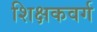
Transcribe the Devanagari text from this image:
शिक्षकवर्ग